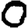
Digit: 0